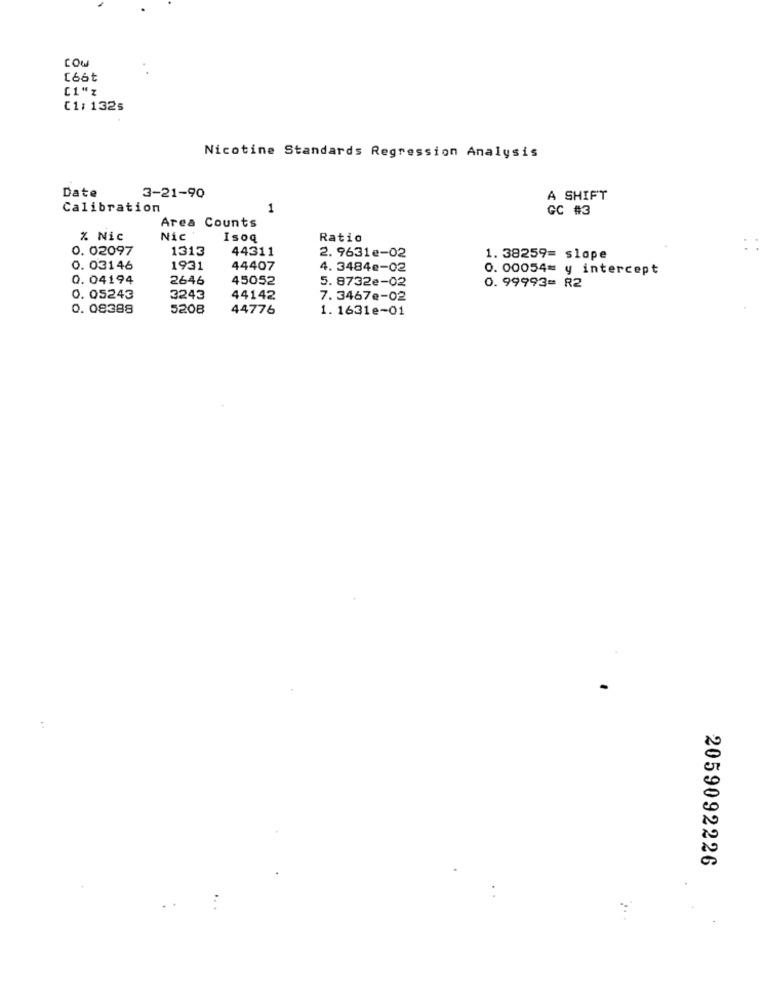
LOW
[66t
[1"z
C1: 1325
Nicotine Standards Regression Analysis
Date
3-21-90
A SHIFT
Calibration
1
GC #3
Area Counts
% Nic
Nic
Isoq
Ratio
0. 02097
1313
44311
2. 9631e-02
1. 38259= slope
0. 03146
1931
44407
4. 3484e-02
0. 00054= y intercept
0.04194
2646
45052
5. 8732e-02
0. 99993= R2
0. 05243
3243
44142
7. 3467e-02
0.08388
5208
44776
1. 1631e-01
2059092226